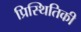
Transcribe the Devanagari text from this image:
प्रिस्थितिकी